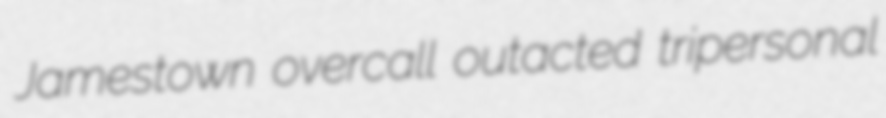
Jamestown overcall outacted tripersonal